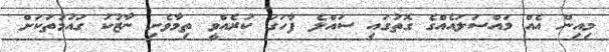
މިއިން އެއް މައްސަލައެއްގެ ގޮތުގައި ސައްލެ ފާހަގަ ކުރެއްވީ ތިމާވެށި ނާޒުކު ގައުމުތަކަށް